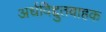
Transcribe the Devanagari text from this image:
अर्धविद्दुतवाहक